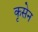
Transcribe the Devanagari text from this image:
कृसेन